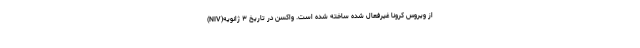
(NIV)از ویروس کرونا غیرفعال شده ساخته شده است. واکسن در تاریخ ۳ ژانویه